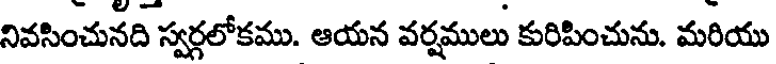
నివసించునది స్వర్గలోకము. ఆయన వర్షములు కురిపించును. మరియు